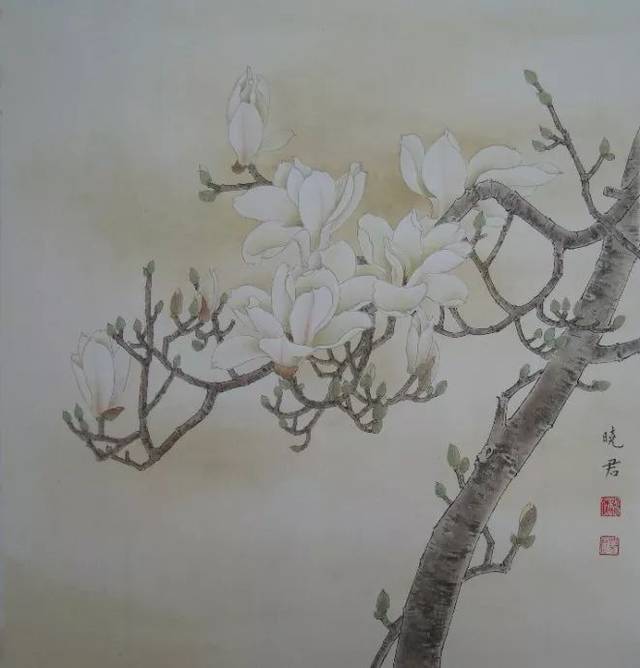
惠远祠前晋溪水，翠叶银花清见底。